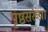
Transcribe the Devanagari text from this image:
पृष्ठसंख्य़ा